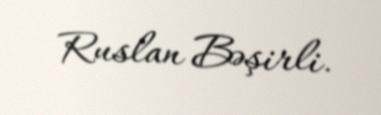
Ruslan Bəşirli.